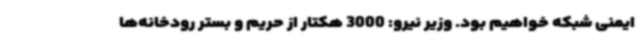
ایمنی شبکه خواهیم بود. وزیر نیرو: 3000 هکتار از حریم و بستر رودخانه‌ها